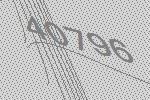
40796